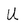
Character: U